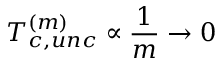
T _ { c , u n c } ^ { ( m ) } \propto \frac { 1 } { m } \rightarrow 0